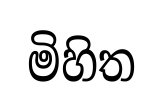
මිහිත